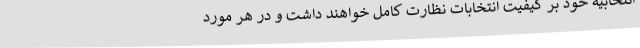
انتخابیه خود بر کیفیت انتخابات نظارت کامل خواهند داشت و در هر مورد